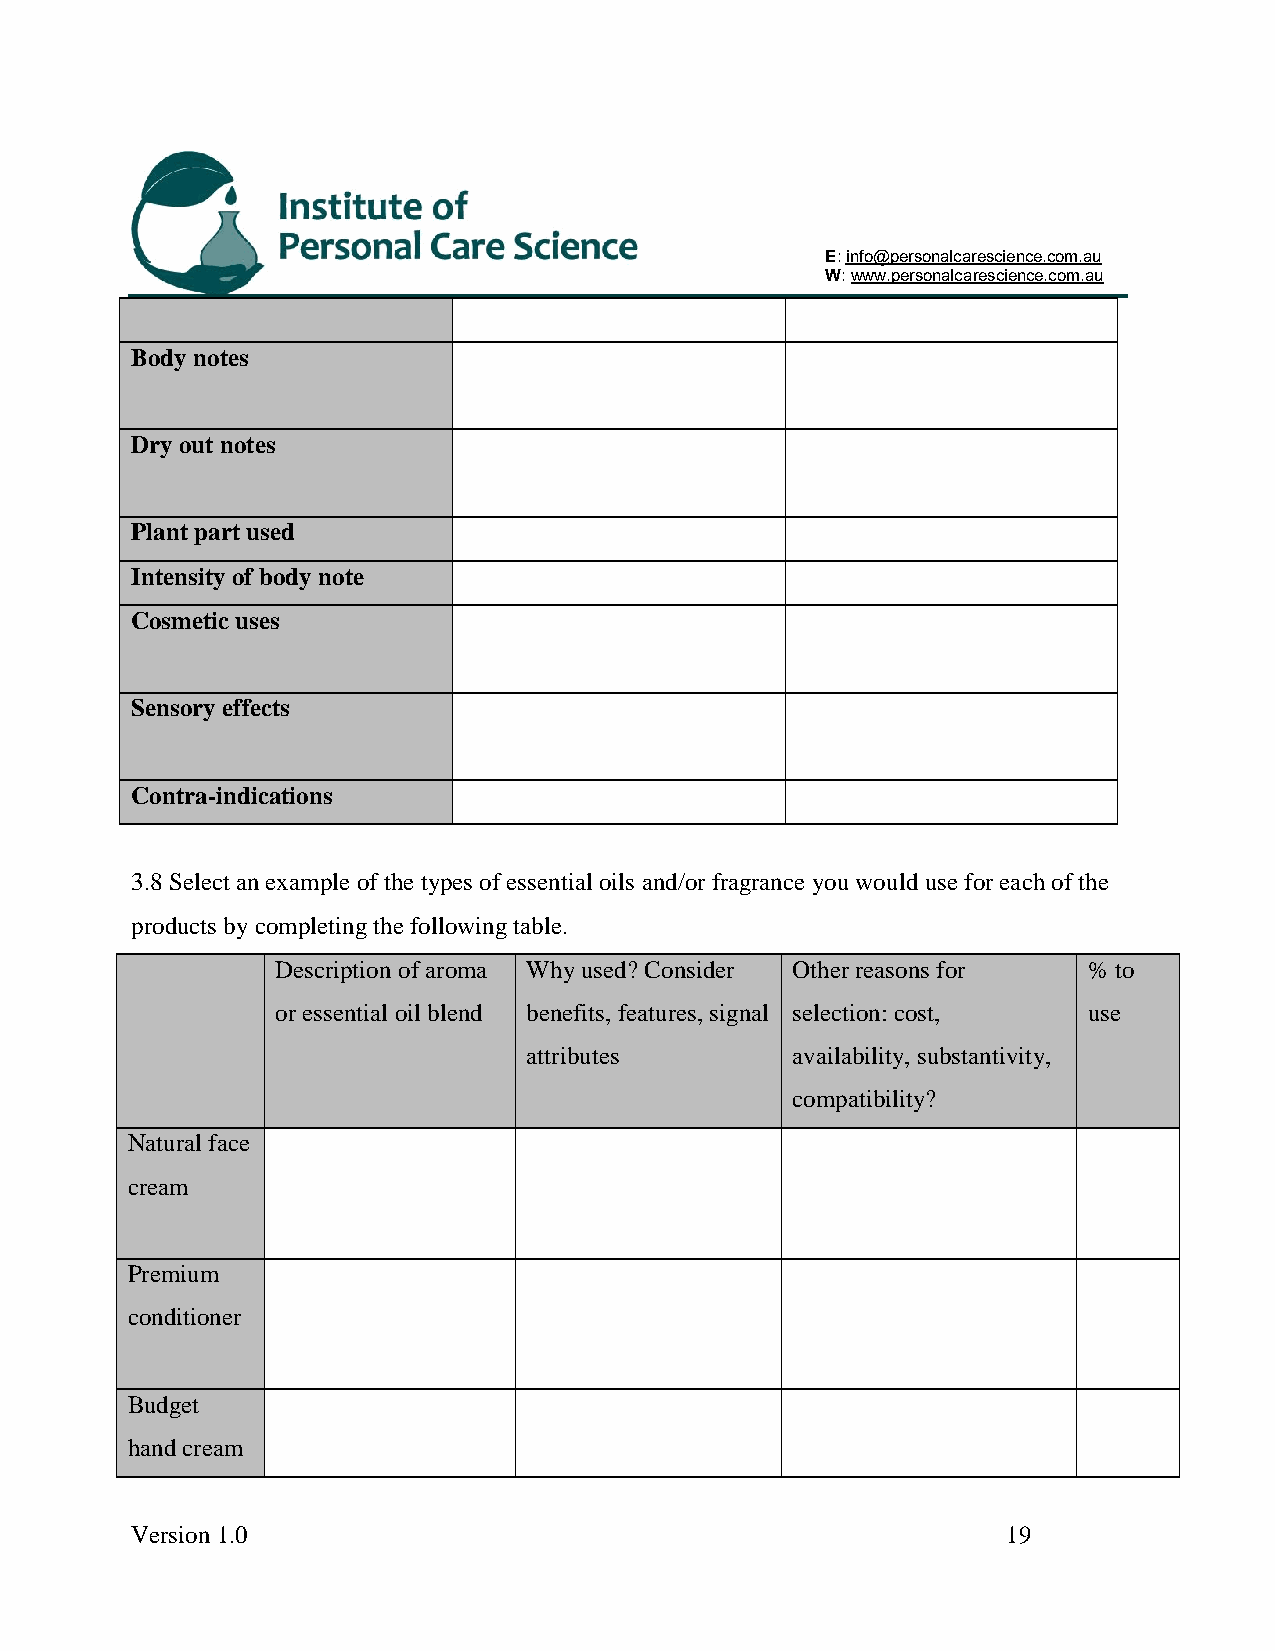
E: info@personalcarescience.com.au
 W: www.personalcarescience.com.au
 Body notes
 Dry out notes
 Plant part used
 Intensity of body note
 Cosmetic uses
 Sensory effects
 Contra-indications
 3.8 Select an example of the types of essential oils and/or fragrance you would use for each of the
 products by completing the following table.
 Description of aroma Why used? Consider Other reasons for % to
 or essential oil blend benefits, features, signal selection: cost, use
 attributes       availability, substantivity,
 compatibility?
 Natural face
 cream
 Premium
 conditioner
 Budget
 hand cream
 Version 1.0                                               19